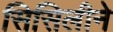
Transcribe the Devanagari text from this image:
सिसिलीने